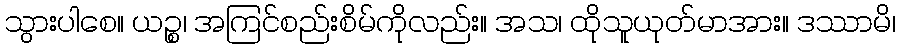
သွားပါစေ။ ယဉ္စ၊ အကြင်စည်းစိမ်ကိုလည်း။ အသ၊ ထိုသူယုတ်မာအား။ ဒဿာမိ၊